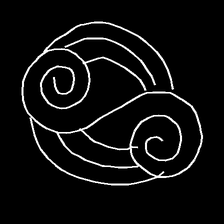
Glyph: wind-underfoot